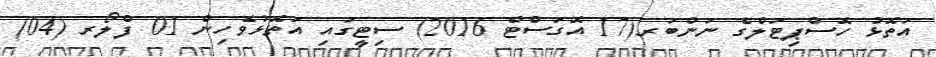
އަތޮޅު ހޮސްޕިޓަލްގެ ނަންބަރ(17 އޮގަސްޓް 2016) ސިޓީގައި އަތޮޅުވެހިން 01 ފްލޯރ (04)